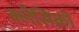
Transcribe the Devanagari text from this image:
क्लैसिको